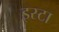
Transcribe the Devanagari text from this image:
इस्टा